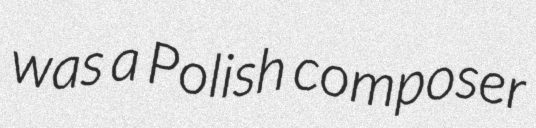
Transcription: was a Polish composer